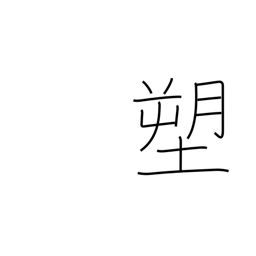
Meaning: molding